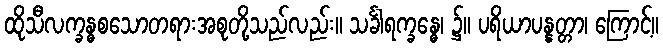
ထိုသီလက္ခန္ဓစသောတရားအစုတို့သည်လည်း။ သင်္ခါရက္ခန္ဓေ၊ ၌။ ပရိယာပန္နတ္တာ၊ ကြောင့်။